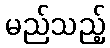
မည်သည့်